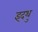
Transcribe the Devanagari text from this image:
इदथु